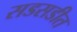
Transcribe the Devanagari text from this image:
सडसडीत